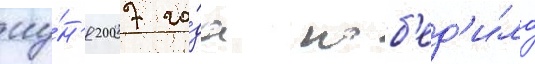
иу́н'я 2007 го́да поб'ед'и́ло